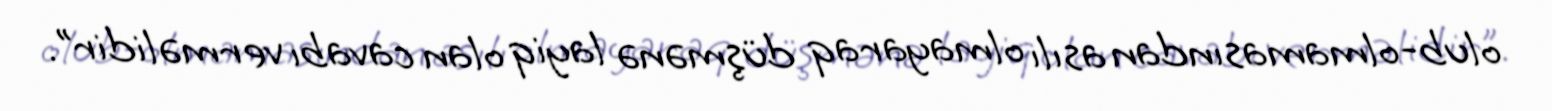
olub-olmamasından asılı olmayaraq düşmənə layiq olan cavabı verməlidir”.